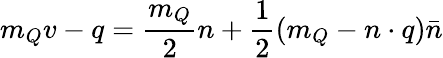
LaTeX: m_{Q}v-q=\frac{m_{Q}}{2}n+\frac{1}{2}(m_{Q}-n\cdot q)\bar{n}